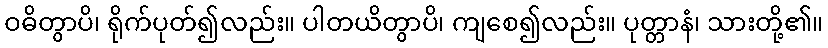
ဝဓိတွာပိ၊ ရိုက်ပုတ်၍လည်း။ ပါတယိတွာပိ၊ ကျစေ၍လည်း။ ပုတ္တာနံ၊ သားတို့၏။